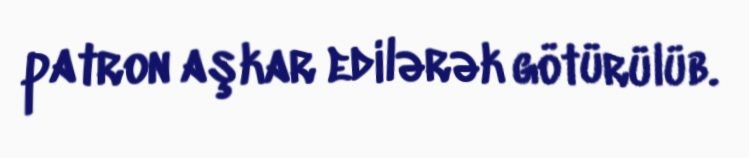
patron aşkar edilərək götürülüb.